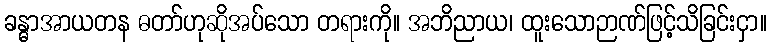
ခန္ဓာအာယတန ဓတာ်ဟုဆိုအပ်သော တရားကို။ အဘိညာယ၊ ထူးသောဉာဏ်ဖြင့်သိခြင်းငှာ။